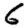
Digit: 6